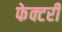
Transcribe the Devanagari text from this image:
फेक्टरी